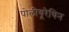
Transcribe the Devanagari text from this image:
पोलीयूरेथिन